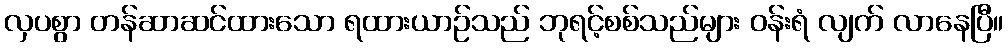
လှပစွာ တန်ဆာဆင်ထားသော ရထားယာဉ်သည် ဘုရင့်စစ်သည်များ ဝန်းရံ လျက် လာနေပြီ။